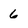
Character: 6